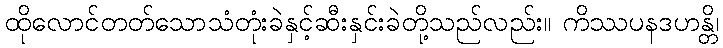
ထိုလောင်တတ်သောသံတုံးခဲနှင့်ဆီးနှင်းခဲတို့သည်လည်း။ ကိဿပနဒဟန္တိ၊